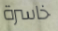
خاسرة